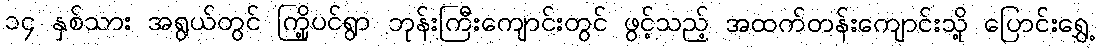
၁၄ နှစ်သား အရွယ်တွင် ကြို့ပင်ရွာ ဘုန်းကြီးကျောင်းတွင် ဖွင့်သည့် အထက်တန်းကျောင်းသို့ ပြောင်းရွှေ့